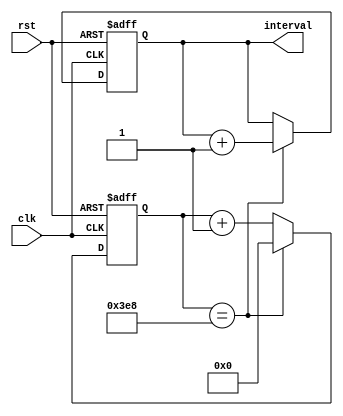
module IntervalTimer (
    input wire clk,
    input wire rst,
    output reg [15:0] interval
);

reg [15:0] count;
reg [15:0] interval_limit = 1000; // Specified time resolution

always @(posedge clk or posedge rst) begin
    if (rst == 1'b1) begin
        count <= 16'd0;
        interval <= 16'd0;
    end else begin
        count <= count + 1;
        if (count == interval_limit) begin
            interval <= interval + 1;
            count <= 16'd0;
        end
    end
end

endmodule